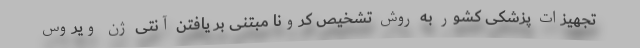
تجهیزات پزشکی کشور به روش تشخیص کرونا مبتنی بر یافتن آنتی ژن ویروس